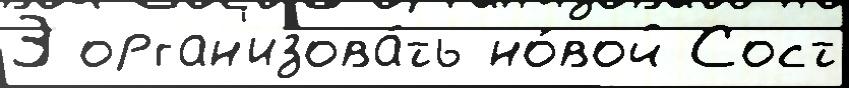
Э орган'изова́ть но́вой Сост